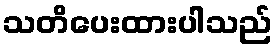
သတိပေးထားပါသည်